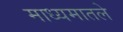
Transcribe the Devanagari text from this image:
माध्यमातले